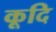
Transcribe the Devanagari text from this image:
कूदि